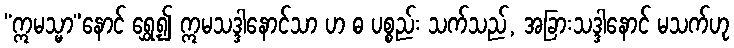
“ဣမသ္မာ”နောင် ရွှေ့၍ ဣမသဒ္ဒါနောင်သာ ဟ ဓ ပစ္စည်း သက်သည်, အခြားသဒ္ဒါနောင် မသက်ဟု